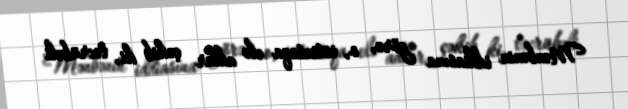
Mənbənin iddiasına görə, o, istintaqa elə adlar çəkib ki, təcrübəli